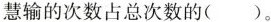
慧输的次数占总次数的（ ）。